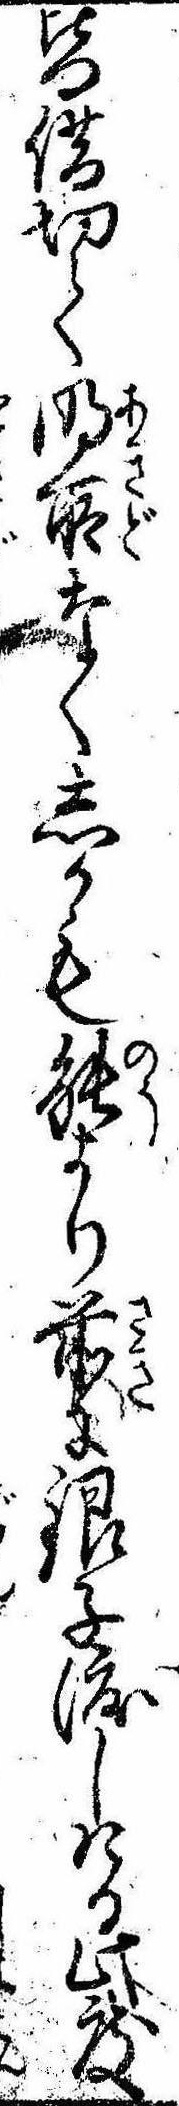
皆借切て明所なくしかも能より前に銀子渡しける此度